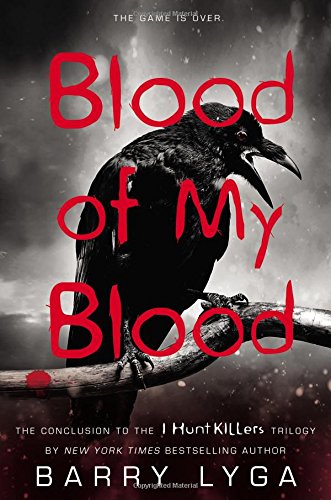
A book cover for Blood of My Blood (I Hunt Killers Trilogy); Barry Lyga; Teen & Young Adult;